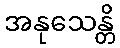
အနုသေန္တိ